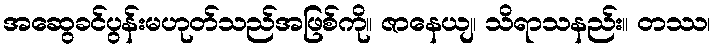
အဆွေခင်ပွန်းမဟုတ်သည်အဖြစ်ကို။ ဇာနေယျ၊ သိရာသနည်း။ တဿ၊